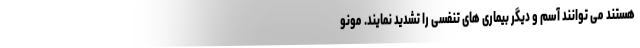
هستند می توانند آسم و دیگر بیماری های تنفسی را تشدید نمایند. مونو